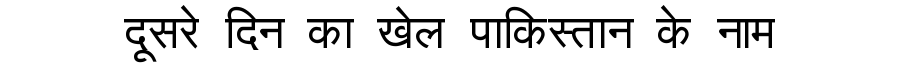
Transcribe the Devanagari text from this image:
दूसरे दिन का खेल पाकिस्तान के नाम